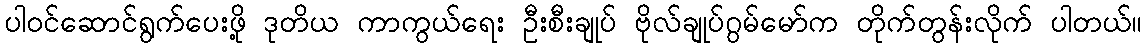
ပါဝင်ဆောင်ရွက်ပေးဖို့ ဒုတိယ ကာကွယ်ရေး ဦးစီးချုပ် ဗိုလ်ချုပ်ဂွမ်မော်က တိုက်တွန်းလိုက် ပါတယ်။